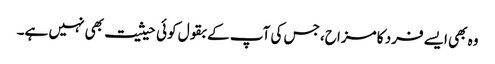
وہ بھی ایسے فرد کا مزاح، جس کی آپ کے بقول کوئی حیثیت بھی نہیں ہے۔